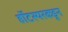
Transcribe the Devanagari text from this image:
हॉटस्परकडून